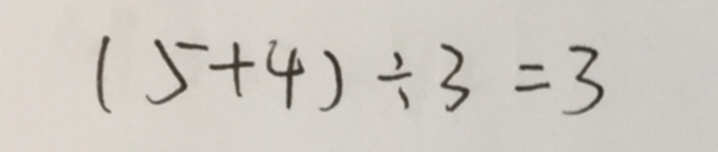
( 5 + 4 ) \div 3 = 3